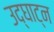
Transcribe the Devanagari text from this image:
उद्घाट्न